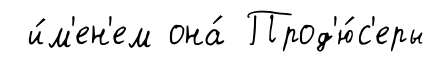
и́м'ен'ем она́ Прод'ю́с'еры